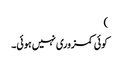
)
کوئی کمزوری نہیں ہوئی۔